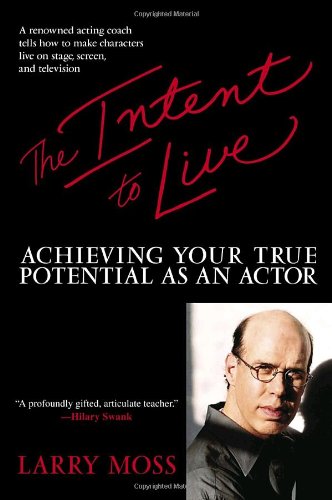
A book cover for The Intent to Live: Achieving Your True Potential as an Actor; Larry Moss; Humor & Entertainment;